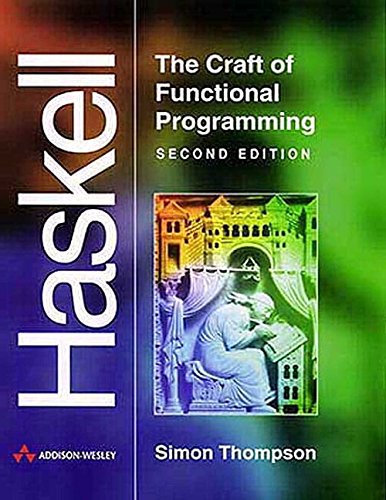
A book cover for Haskell: The Craft of Functional Programming (2nd Edition); Simon Thompson; Computers & Technology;